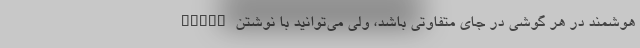
هوشمند در هر گوشی در جای متفاوتی باشد، ولی می‌توانید با نوشتن Smart